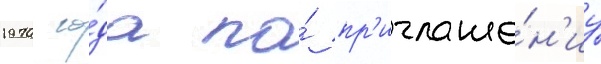
1970 го́да по́ пр'иглаше́н'иу